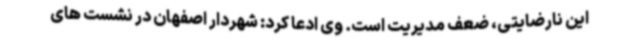
این نارضایتی، ضعف مدیریت است. وی ادعا کرد: شهردار اصفهان در نشست های